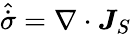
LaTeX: \hat{\dot{\sigma}}=\nabla\cdot\boldsymbol{J}_{S}